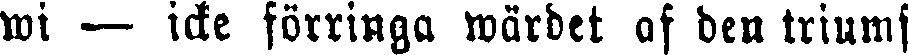
wi — icke förringa wärdet af den triumf